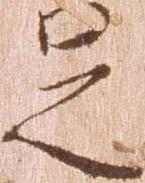
足